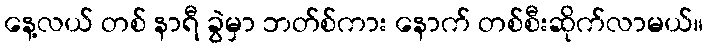
နေ့လယ် တစ် နာရီ ခွဲမှာ ဘတ်စ်ကား နောက် တစ်စီးဆိုက်လာမယ်။